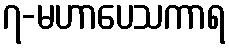
၇-မဟာပေသကာရ